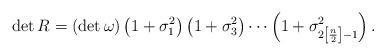
LaTeX: \begin{align*} \det R = (\det \omega ) \left ( 1+\sigma_1^2 \right ) \left ( 1+\sigma_3^2 \right ) \cdots \left (1+\sigma_{2 \left [\frac {n}{2}\right ]-1}^2 \right ) .\end{align*}